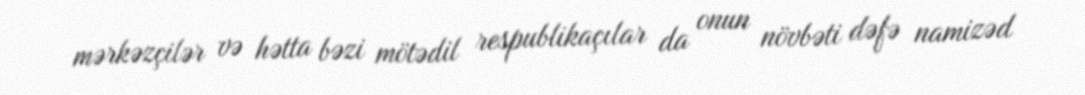
mərkəzçilər və hətta bəzi mötədil respublikaçılar da onun növbəti dəfə namizəd